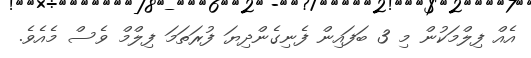
އެއް ފިލްމަކުން މި 3 ބަފައިން ފެނިގެންދިޔަ ފުރަތަމަ ފިލްމް ވެސް މެއެވެ.